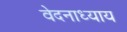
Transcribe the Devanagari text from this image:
वेदनाध्याय